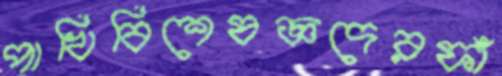
পাখিবিশেষজ্ঞদেরফাঁ